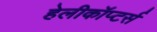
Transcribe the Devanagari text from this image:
हेलीकॉप्टर्स